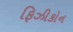
ફિઝીકોન